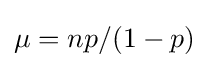
\mu =np/(1-p)